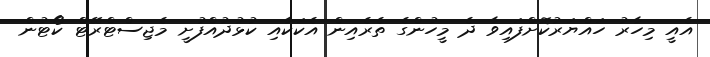
އެއީ މިހާރު ހައްޔަރުކޮށްފައިވާ ދެ މީހުންގެ ތެރެއިން އެކަކާއި ކުޅުދުއްފުށީ މެޖިސްޓްރޭޓް ކޯޓުން